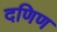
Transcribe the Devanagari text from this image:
दणिण